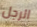
الرجل